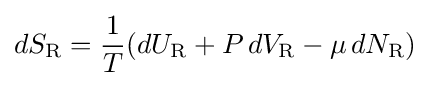
dS_{\text{R}}={\frac {1}{T}}(dU_{\text{R}}+P\,dV_{\text{R}}-\mu \,dN_{\text{R}})